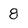
Character: 8